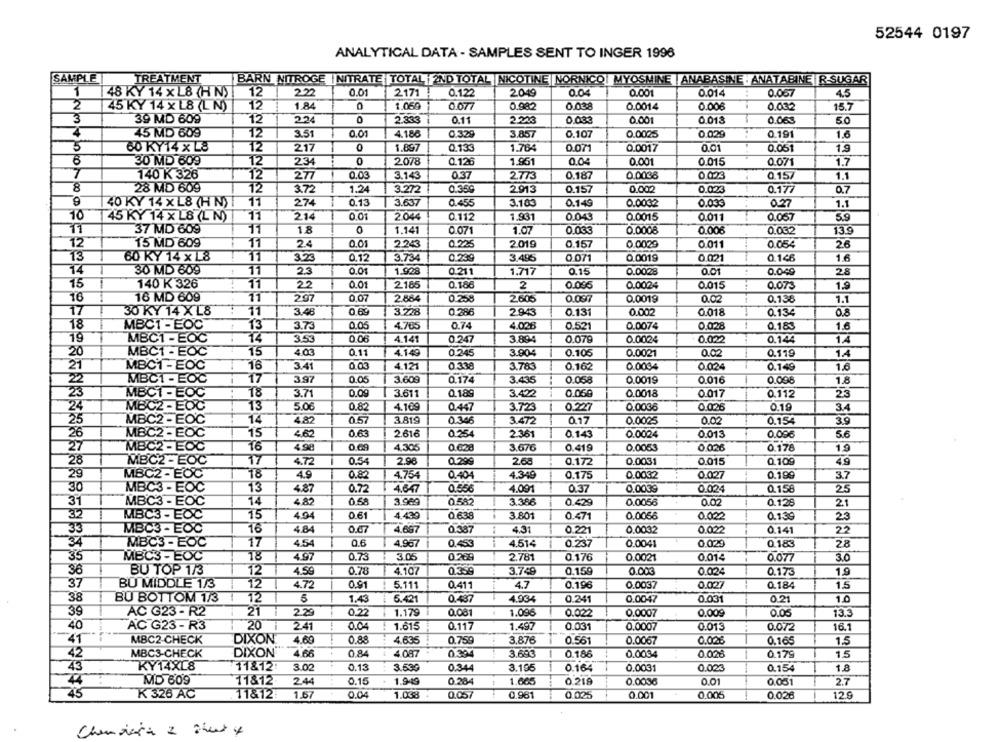
52544 0197
ANALYTICAL DATA - SAMPLES SENT TO INGER 1996
SAMPLE
TREATMENT
BARN NITROGE |NITRATE|TOTAL | 2ND TOTAL |NICOTINE NORNICO| MYOSMINE | ANABASINE . ANATABINE R-SUGAR
1
48 KY 14 x L8 (H N)
12
222
0.01
2171
0.122
2049
0.04
0.001
0.014
0.057
4.5
2
45 KY 14 x L8 (LN)
12
1.84
0
1.060
0.077
0.982
0.038
0.0014
0.006
0.03.2
15.7
3
39 MD 609
12
224
0
2.333
0.001
0.013
50
0.11
2.243
0.033
0.063
45 MD 609
12
3.51
0.01
4.186
0.329
3.857
0.107
0.0025
0.191
1.6
5
60 RY14 x L8
12
217
1.897
0.133
1.764
0.071
0.0017
0.01
0.061
1.9
30 MD 609
12
234
0
2078
0.126
1.951
0.04
0.001
0.015
0.071
1.7
7
140 K 326
12
277
0.03
3.143
0.37
2.773
0.187
0.0038
0.157
1.1
8
28 MD 609
12
3.72
1.24
3.272
0.35g
2.913
0.157
0.002
0.023
0.177
0.7
9
11
40 KY 14 x 18 (H N)
274
0.13
3.637
0.455
3.163
0.149
0.0032
0.033
0.27
1.1
10
11
0.01
2.044
0.112
1.931
0.0015
59
45 KY 14 x L8 (LN)
2.14
0.011
0.067
37 MD 609
11
18
0
1.141
0.071
1.07
0.033
0.0008
0.006
0.032
13.9
12
15 MD 609
11
24
0.01
2243
0.225
2.019
0.157
0.0029
0.011
0.054
26
13
60 KY 14 x L8
11
3.23
0.12
3.734
0.239
3.495
0071
0.0019
0.021
0.146
1.6
14
30 MD 609
11
23
0.01
1.928
0.211
1.717
0.15
0.0028
0.01
0.049
15
140 K 326
11
22
0.01
2185
0.186
2
0.095
0.0024
0.015
0.073
1.9
16 MD 609
16
11
297
0,07
2.864
0.258
2.605
0.097
0.0019
0.02
0.138
1.1
17
30 KY 14 XL8
11
3.48
0.69
3278
0.286
2943
0.131
0.002
0.018
0.134
0.8
18
MBCT - EOC
13
3.73
0.05
4.765
0.74
4.02B
0.521
0.0074
0.028
0.183
1.6
19
MBC1 - EOC
14
3.53
0.06
4.141
0.247
3.894
0.079
0.0024
0.022
0.144
1.4
20
MBC1 - EOC
15
4.03
0.11
4.149
0.245
3.904
0.105
0.0021
0.02
Q.119
1.4
21
MBC1 - EOC
16
3.41
0.03
4.121
0.338
3.783
0.162
0.0034
0.024
0.149
1.6
22
MBC1 - EOC
17
3.97
0.05
0.174
0.016
1.8
3.609
3.435
0.058
0.0019
0.098
MBC1 - EOC
18
3.71
0.09
3.611
Q.189
3.422
0.069
0.0018
0.017
0.112
23
MBC2 -EOC
13
5.06
0.82
4.109
0.447
0.227
0.0036
0.026
0.19
3.4
24
3.723
25
MBC2 - EOC
14
4.82
0.57
3.819
0.346
3.472
0.17
0.0025
0.02
0.154
35
26
MBC2 -EOC
15
4.62
0.63
2.616
0.254
2.361
0.143
0.0024
0.013
0.096
27
MBC2 - EOC
16
4.98
0.69
4,305
0.628
3.676
0.419
0.0053
0.026
0.178
MBC2 - EOC
4.72
0.54
2.98
0.172
0.0031
0.015
0.109
49
28
17
MBC2 - EOC
4.9
0.82
4.754
0.404
4.340
0.175
0.0032
0.027
0.190
3.7
29
18
30
MBC3 - EOC
13
4.87
0.72
4.647
0.556
4.091
0.37
0.0039
0.024
0.158
25
31
MBC3 - EOC
14
4.82
0.68
3.969
0.582
3.386
0.429
0.0056
0.02
0.128
2.1
32
MBC3 - EOC
15
4.94
0.61
4.439
0.638
3.801
0.471
0.0056
0.000
0.130
23
33
MBC3 - EOC
16
4.84
0.67
4.897
0.387
4.31
0.221
0.0032
0.022
0.141
22
0.6
34
MBC3 - EOC
17
4.54
4.967
0.453
4.514
0.237
0.0041
0.029
0.183
28
MBC3 - EOC
T8
0.73
3.05
0.269
2,781
0.176
0.0021
0.014
0.077
35
4.97
3.0
36
BU TOP 173
12
4.59
0.78
4.107
0.359
3.749
0.159
0.00€
0.024
0.173
19
37
BO MIDDLE 1/3
12
4.72
0.91
5.111
0.411
4.7
0.196
0.0037
0.027
0.184
1.5
38
BU BOTTOM 1/3
12
5
1.43
6.421
0.437
4.934
0.241
0.0047
0.031
0.21
1.0
39
AC G23 - R2
21
2.29
0.22
1.179
0.081
1.096
0.022
0.0007
0.009
0.05
13.3
40
AC G23 - R3
20 1
2.41
0.04
1.615
0.117
1.497
0.031
0.0007
0.013
0.072
16.1
DIXON
3.876
41
MBC2-CHECK
4.60
0.88
4.635
0.759
0.561
0.0067
0.026
0.165
1,5
MBC3-CHECK
DIXON
4.66
0.84
4087
0.394
3.693
0.186
0.0034
0.02%
0.179
15
42
43
KY14XL8
11812:
3.02
0.13
3.530
0.344
3.195
0.164
0.0031
0.023
0.154
1.8
MD 609
11812
2.44
0.15
1.949
0.284
1.665
0.219
0.0036
0.01
0.051
2.7
25
K 326 AC
11&12:
1.67
0.04
1.038
0.057
0.961
0.025
0.001
0.005
0.026
12.9